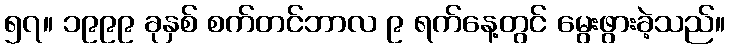
၅၇။ ၁၉၉၉ ခုနှစ် စက်တင်ဘာလ ၉ ရက်နေ့တွင် မွေးဖွားခဲ့သည်။